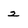
Character: 2